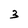
Character: 3